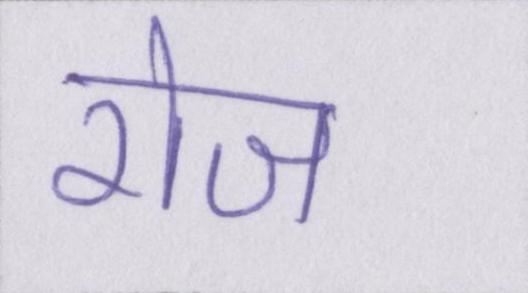
रोज